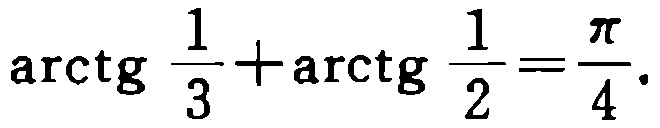
\(\text{arctg}\frac{1}{3}+\text{arctg}\frac{1}{2}=\frac{\pi}{4}\)